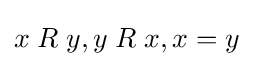
x\mathrel {R} y,y\mathrel {R} x,x=y